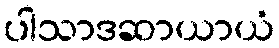
ပါသာဒဆာယာယံ